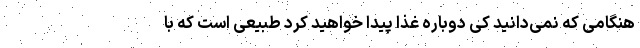
هنگامی که نمی‌دانید کی دوباره غذا پیدا خواهید کرد طبیعی است که با